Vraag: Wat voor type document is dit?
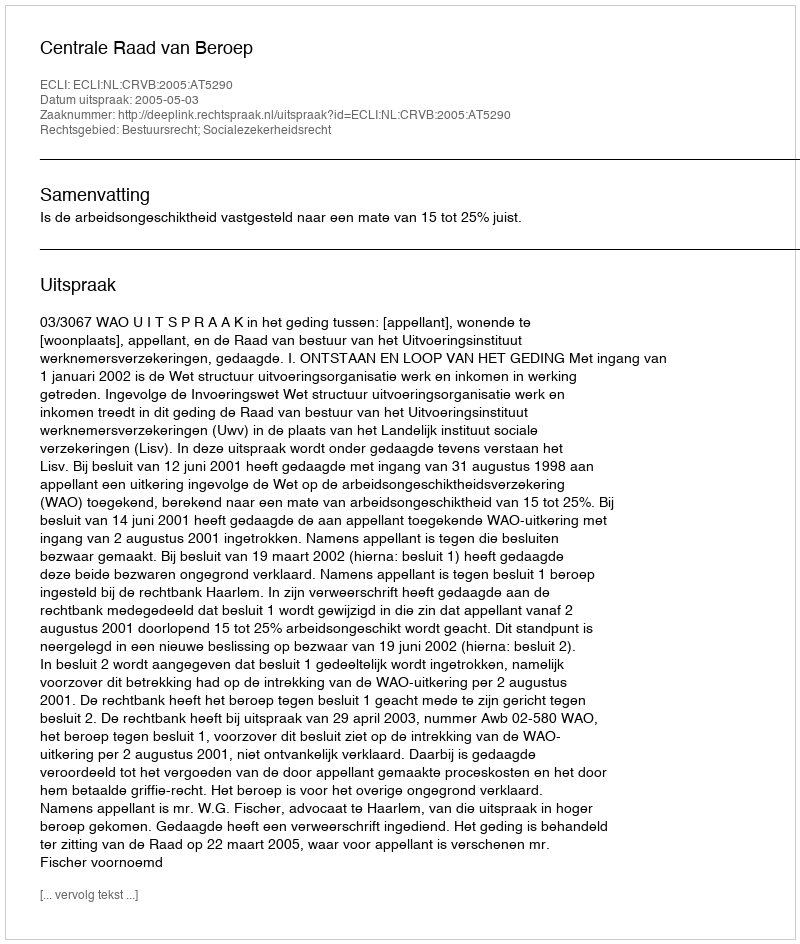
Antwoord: Uitspraak